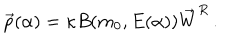
\vec { p } ( \alpha ) = \kappa B ( m _ { 0 } , E ( \alpha ) ) \overrightarrow { W } ^ { R } \, .